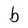
Character: b